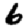
Digit: 6